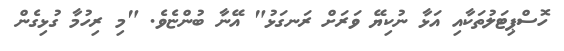
ހޮސްޕިޓަލުތަކާއި އަޅާ ނުކިޔޭ ވަރަށް ރަނގަޅު" އޭނާ ބުންޏެވެ. "މި ރިހުމާ ގުޅިގެން